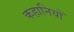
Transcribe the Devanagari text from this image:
कहानियोँ